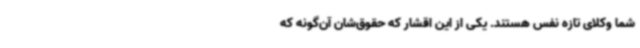
شما وکلای تازه نفس هستند. یکی از این اقشار که حقوق‌شان آن‌گونه که